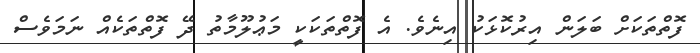
ފޮތްތަކަށް ބަލަން އިރުކޮޅަކު އިނެވެ. އެ ފޮތްތަކަކީ މަޢުލޫމާތު ދޭ ފޮތްތަކެއް ނަމަވެސް